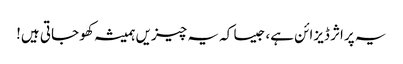
یہ پراثر ڈیزائن ہے، جیسا کہ یہ چیزیں ہمیشہ کھو جاتی ہیں!